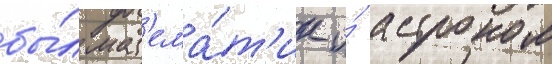
бы́л мат'ема́т'ик и́ астроном